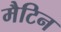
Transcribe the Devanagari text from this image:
मैटिन